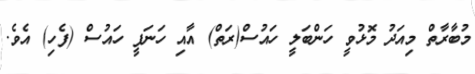
މުބާރާތް މިއަދު މޮޅުވީ ހަންބަލީ ހައުސް(ރަތް) އާއި ހަނަފީ ހައުސް (ފެހި) އެވެ.